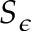
S _ { \epsilon }